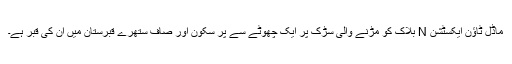
ماڈل ٹاﺅن ایکسٹشن N بلاک کو مڑنے والی سڑک پر ایک چھوٹے سے پر سکون اور صاف ستھرے قبرستان میں ان کی قبر ہے۔